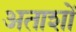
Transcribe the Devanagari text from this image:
अताशों